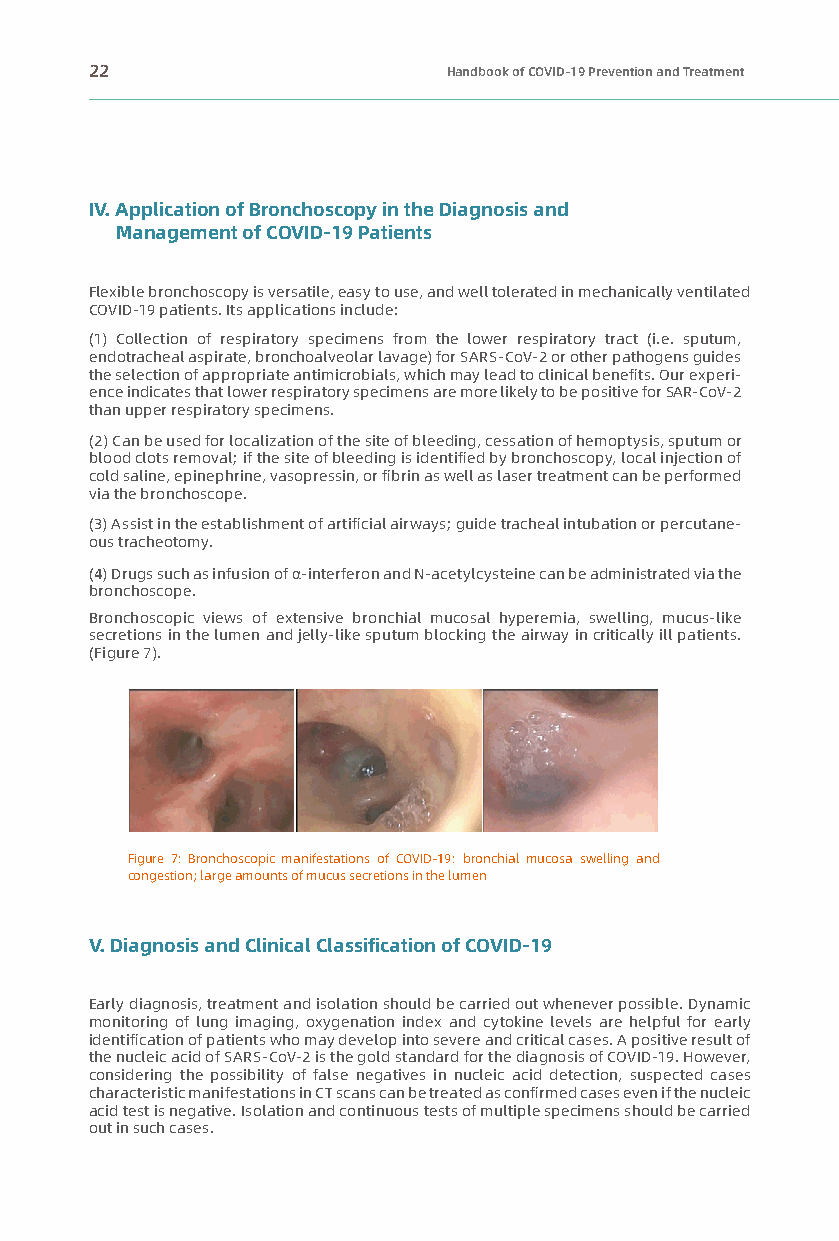
22                      Handbook of COVID-19 Prevention and Treatment
 IV. Application of Bronchoscopy in the Diagnosis and
 Management of COVID-19 Patients
 Flexible bronchoscopy is versatile, easy to use, and well tolerated in mechanically ventilated
 COVID-19 patients. Its applications include:
 (1) Collection of respiratory specimens from the lower respiratory tract (i.e. sputum,
 endotracheal aspirate, bronchoalveolar lavage) for SARS-CoV-2 or other pathogens guides
 the selection of appropriate antimicrobials, which may lead to clinical benefits. Our experi-
 ence indicates that lower respiratory specimens are more likely to be positive for SAR-CoV-2
 than upper respiratory specimens.
 (2) Can be used for localization of the site of bleeding, cessation of hemoptysis, sputum or
 blood clots removal; if the site of bleeding is identified by bronchoscopy, local injection of
 cold saline, epinephrine, vasopressin, or fibrin as well as laser treatment can be performed
 via the bronchoscope.
 (3) Assist in the establishment of artificial airways; guide tracheal intubation or percutane-
 ous tracheotomy.
 (4) Drugs such as infusion of α-interferon and N-acetylcysteine can be administrated via the
 bronchoscope.
 Bronchoscopic views of extensive bronchial mucosal hyperemia, swelling, mucus-like
 secretions in the lumen and jelly-like sputum blocking the airway in critically ill patients.
 (Figure 7).
 Figure 7: Bronchoscopic manifestations of COVID-19: bronchial mucosa swelling and
 congestion; large amounts of mucus secretions in the lumen
 V. Diagnosis and Clinical Classification of COVID-19
 Early diagnosis, treatment and isolation should be carried out whenever possible. Dynamic
 monitoring of lung imaging, oxygenation index and cytokine levels are helpful for early
 identification of patients who may develop into severe and critical cases. A positive result of
 the nucleic acid of SARS-CoV-2 is the gold standard for the diagnosis of COVID-19. However,
 considering the possibility of false negatives in nucleic acid detection, suspected cases
 characteristic manifestations in CT scans can be treated as confirmed cases even if the nucleic
 acid test is negative. Isolation and continuous tests of multiple specimens should be carried
 out in such cases.